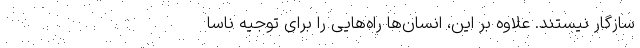
سازگار نیستند. علاوه بر این، انسان‌ها راه‌هایی را برای توجیه ناسا